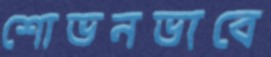
শোভনভাবে